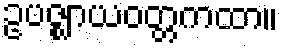
ဥပဇ္ဈာယဝတ္တကထာ။